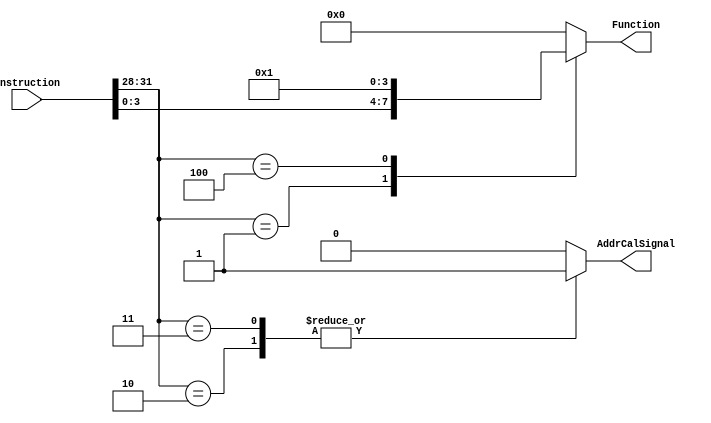
`timescale 1ns / 1ps
//////////////////////////////////////////////////////////////////////////////////
// Company: 
// 
// Design Name: 
// Module Name: EXLocalController
// Project Name: 
// Target Devices: 
// Tool Versions: 
// Description: 
// 
// Dependencies: 
// 
// Revision:
// Revision 0.01 - File Created
// Additional Comments:
// 
//////////////////////////////////////////////////////////////////////////////////


module EXLocalController(
    input [31:0] Instruction,
    output reg AddrCalSignal,
    output reg [3:0] Function
    );
    wire [3:0] OpCode;
    wire [3:0] FunctionCode;
    
    assign OpCode=Instruction[31:28],FunctionCode=Instruction[3:0];
    
    
    always@(*) // Control signal
    begin
        case (OpCode)
            1:  begin // ADD
                    AddrCalSignal<=0;
                    Function<=FunctionCode;
                end
            2:  begin // LW
                    AddrCalSignal<=1;
                    Function<=0;
                end     
            3:  begin // SW
                    AddrCalSignal<=1;
                    Function<=0;
                end
            4:  begin // BEQ
                    AddrCalSignal<=0;
                    Function<=1;
                end
            default:  begin // none
                    AddrCalSignal<=0;
                    Function<=0;
                end
        endcase
    end
endmodule